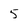
Character: 5